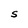
Character: S